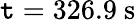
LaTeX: \mathtt{t}=326.9~\mathrm{{s}}